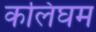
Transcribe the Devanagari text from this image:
कलिंघम